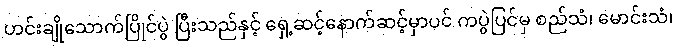
ဟင်းချိုသောက်ပြိုင်ပွဲ ပြီးသည်နှင့် ရှေ့ဆင့်နောက်ဆင့်မှာပင် ကပွဲပြင်မှ စည်သံ၊ မောင်းသံ၊